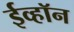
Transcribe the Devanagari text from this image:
ईव्हॉन